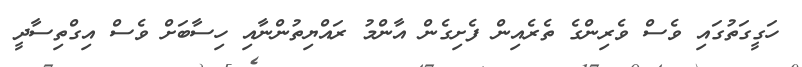
ހަގީގަތުގައި ވެސް ވެރިންގެ ތެރެއިން ފެށިގެން އާންމު ރައްޔިތުންނާއި ހިސާބަށް ވެސް އިގްތިސާދީ